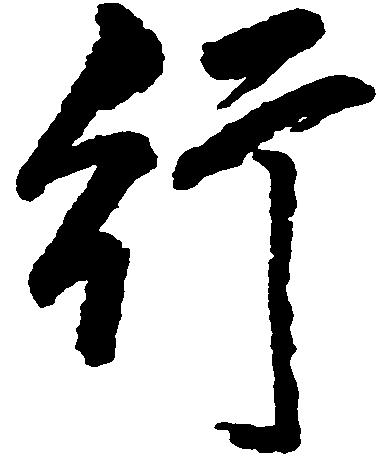
行